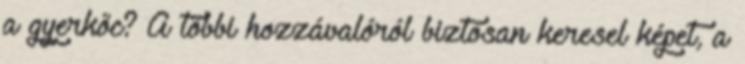
a gyerkőc? A többi hozzávalóról biztosan keresel képet, a